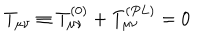
T _ { \mu \nu } \equiv T _ { \mu \nu } ^ { ( 0 ) } + T _ { \mu \nu } ^ { ( P L ) } = 0